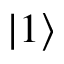
\left| 1 \right\rangle